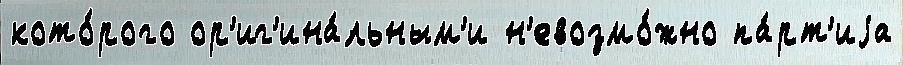
кото́рого ор'иг'ина́льным'и н'евозмо́жно па́рт'иjа